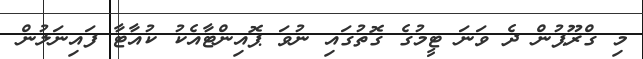
މި ގްރޫޕުން ދެ ވަނަ ޓީމުގެ ގޮތުގައި ނުވަ ޕޮއިންޓާއެކު ކުއާޓާ ފައިނަލުން